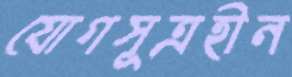
যোগসূত্রহীন